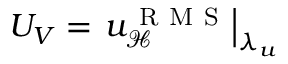
U _ { V } = \left. u _ { \mathcal { H } } ^ { \mathrm { ~ R ~ M ~ S ~ } } \right\vert _ { \lambda _ { u } }